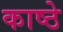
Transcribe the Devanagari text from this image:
काष्ठे